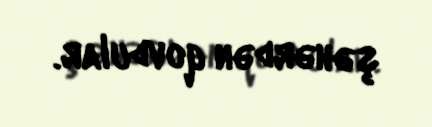
şəhərdən qovdular.